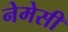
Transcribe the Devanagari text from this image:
नेमेसी